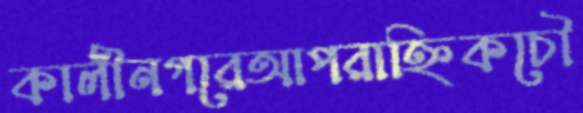
কালীনগরেআপরাহ্নিকচৌ